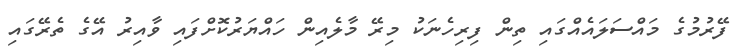
ފޭރުމުގެ މައްސަލައެއްގައި ތިން ފިރިހެނަކު މިރޭ މާލެއިން ހައްޔަރުކޮށްފައި ވާއިރު އޭގެ ތެރޭގައި